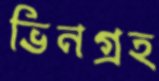
ভিনগ্রহ